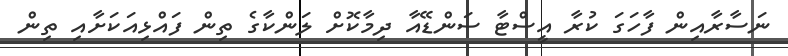
ނަސާރާއިން ފާހަގަ ކުރާ އީސްޓާ ސަންޑޭއާ ދިމާކޮށް ލަންކާގެ ތިން ފައްޅިއަކަށާއި ތިން